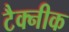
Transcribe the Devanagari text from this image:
टैक्नीक